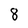
Character: 8